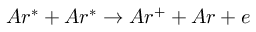
A r ^ { * } + A r ^ { * } \rightarrow A r ^ { + } + A r + e